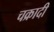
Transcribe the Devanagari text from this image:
चक्रादी